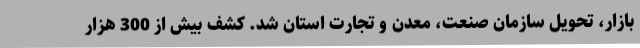
بازار، تحویل سازمان صنعت، معدن و تجارت استان شد.‌ کشف بیش از 300 هزار